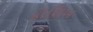
કોશિખ